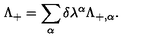
\Lambda _ { + } = \sum _ { \alpha } \delta \lambda ^ { \alpha } \Lambda _ { + , \alpha } .